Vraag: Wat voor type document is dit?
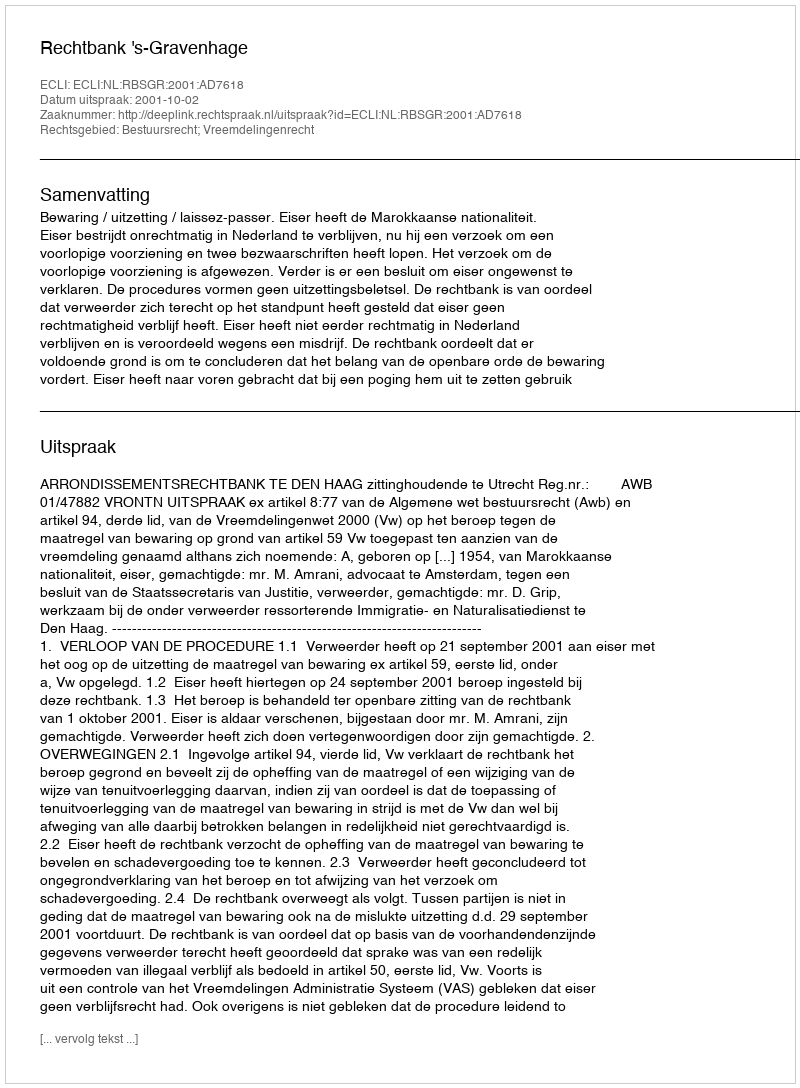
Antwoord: Uitspraak